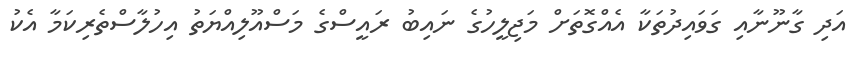
އަދި ގާނޫނާއި ގަވައިދުތަކާ އެއްގޮތަށް މަޖިލީހުގެ ނައިބު ރައީސްގެ މަސްއޫލިއްޔަތު އިހުލާސްތެރިކަމާ އެކު